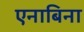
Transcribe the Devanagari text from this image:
एनाबिना